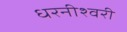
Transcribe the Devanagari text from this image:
धरनीश्वरी